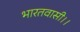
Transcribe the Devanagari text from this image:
भारतवासी।।